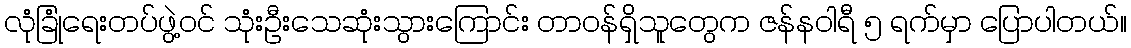
လုံခြုံရေးတပ်ဖွဲ့၀င် သုံးဦးသေဆုံးသွားကြောင်း တာ၀န်ရှိသူတွေက ဇန်နဝါရီ ၅ ရက်မှာ ပြောပါတယ်။